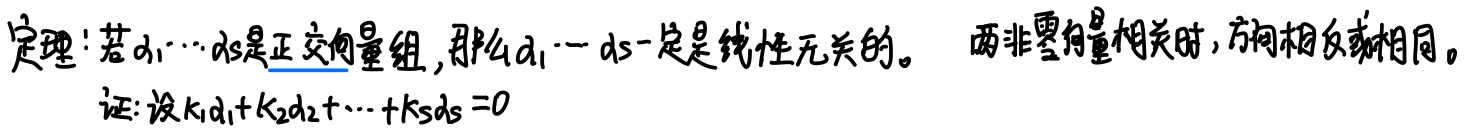
定理：若$\boldsymbol{d}_1,\cdots,\boldsymbol{d}_s$是正交向量组，那么$\boldsymbol{d}_1,\cdots,\boldsymbol{d}_s$一定是线性无关的。两非零向量相关时，方向相反或相同。
证：设$k_1\boldsymbol{d}_1 + k_2\boldsymbol{d}_2+\cdots + k_s\boldsymbol{d}_s = 0$